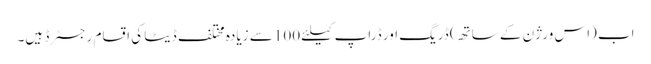
اب (اس ورژن کے ساتھ) ڈریگ اور ڈراپ کیلئے 100 سے زیادہ مختلف ڈیٹا کی اقسام رجسٹرڈ ہیں۔